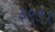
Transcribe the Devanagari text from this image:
३९९१